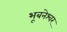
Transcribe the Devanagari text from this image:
भूबनेश्वर